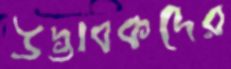
উদ্ভাবকদের